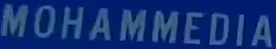
MOHAMMEDIA